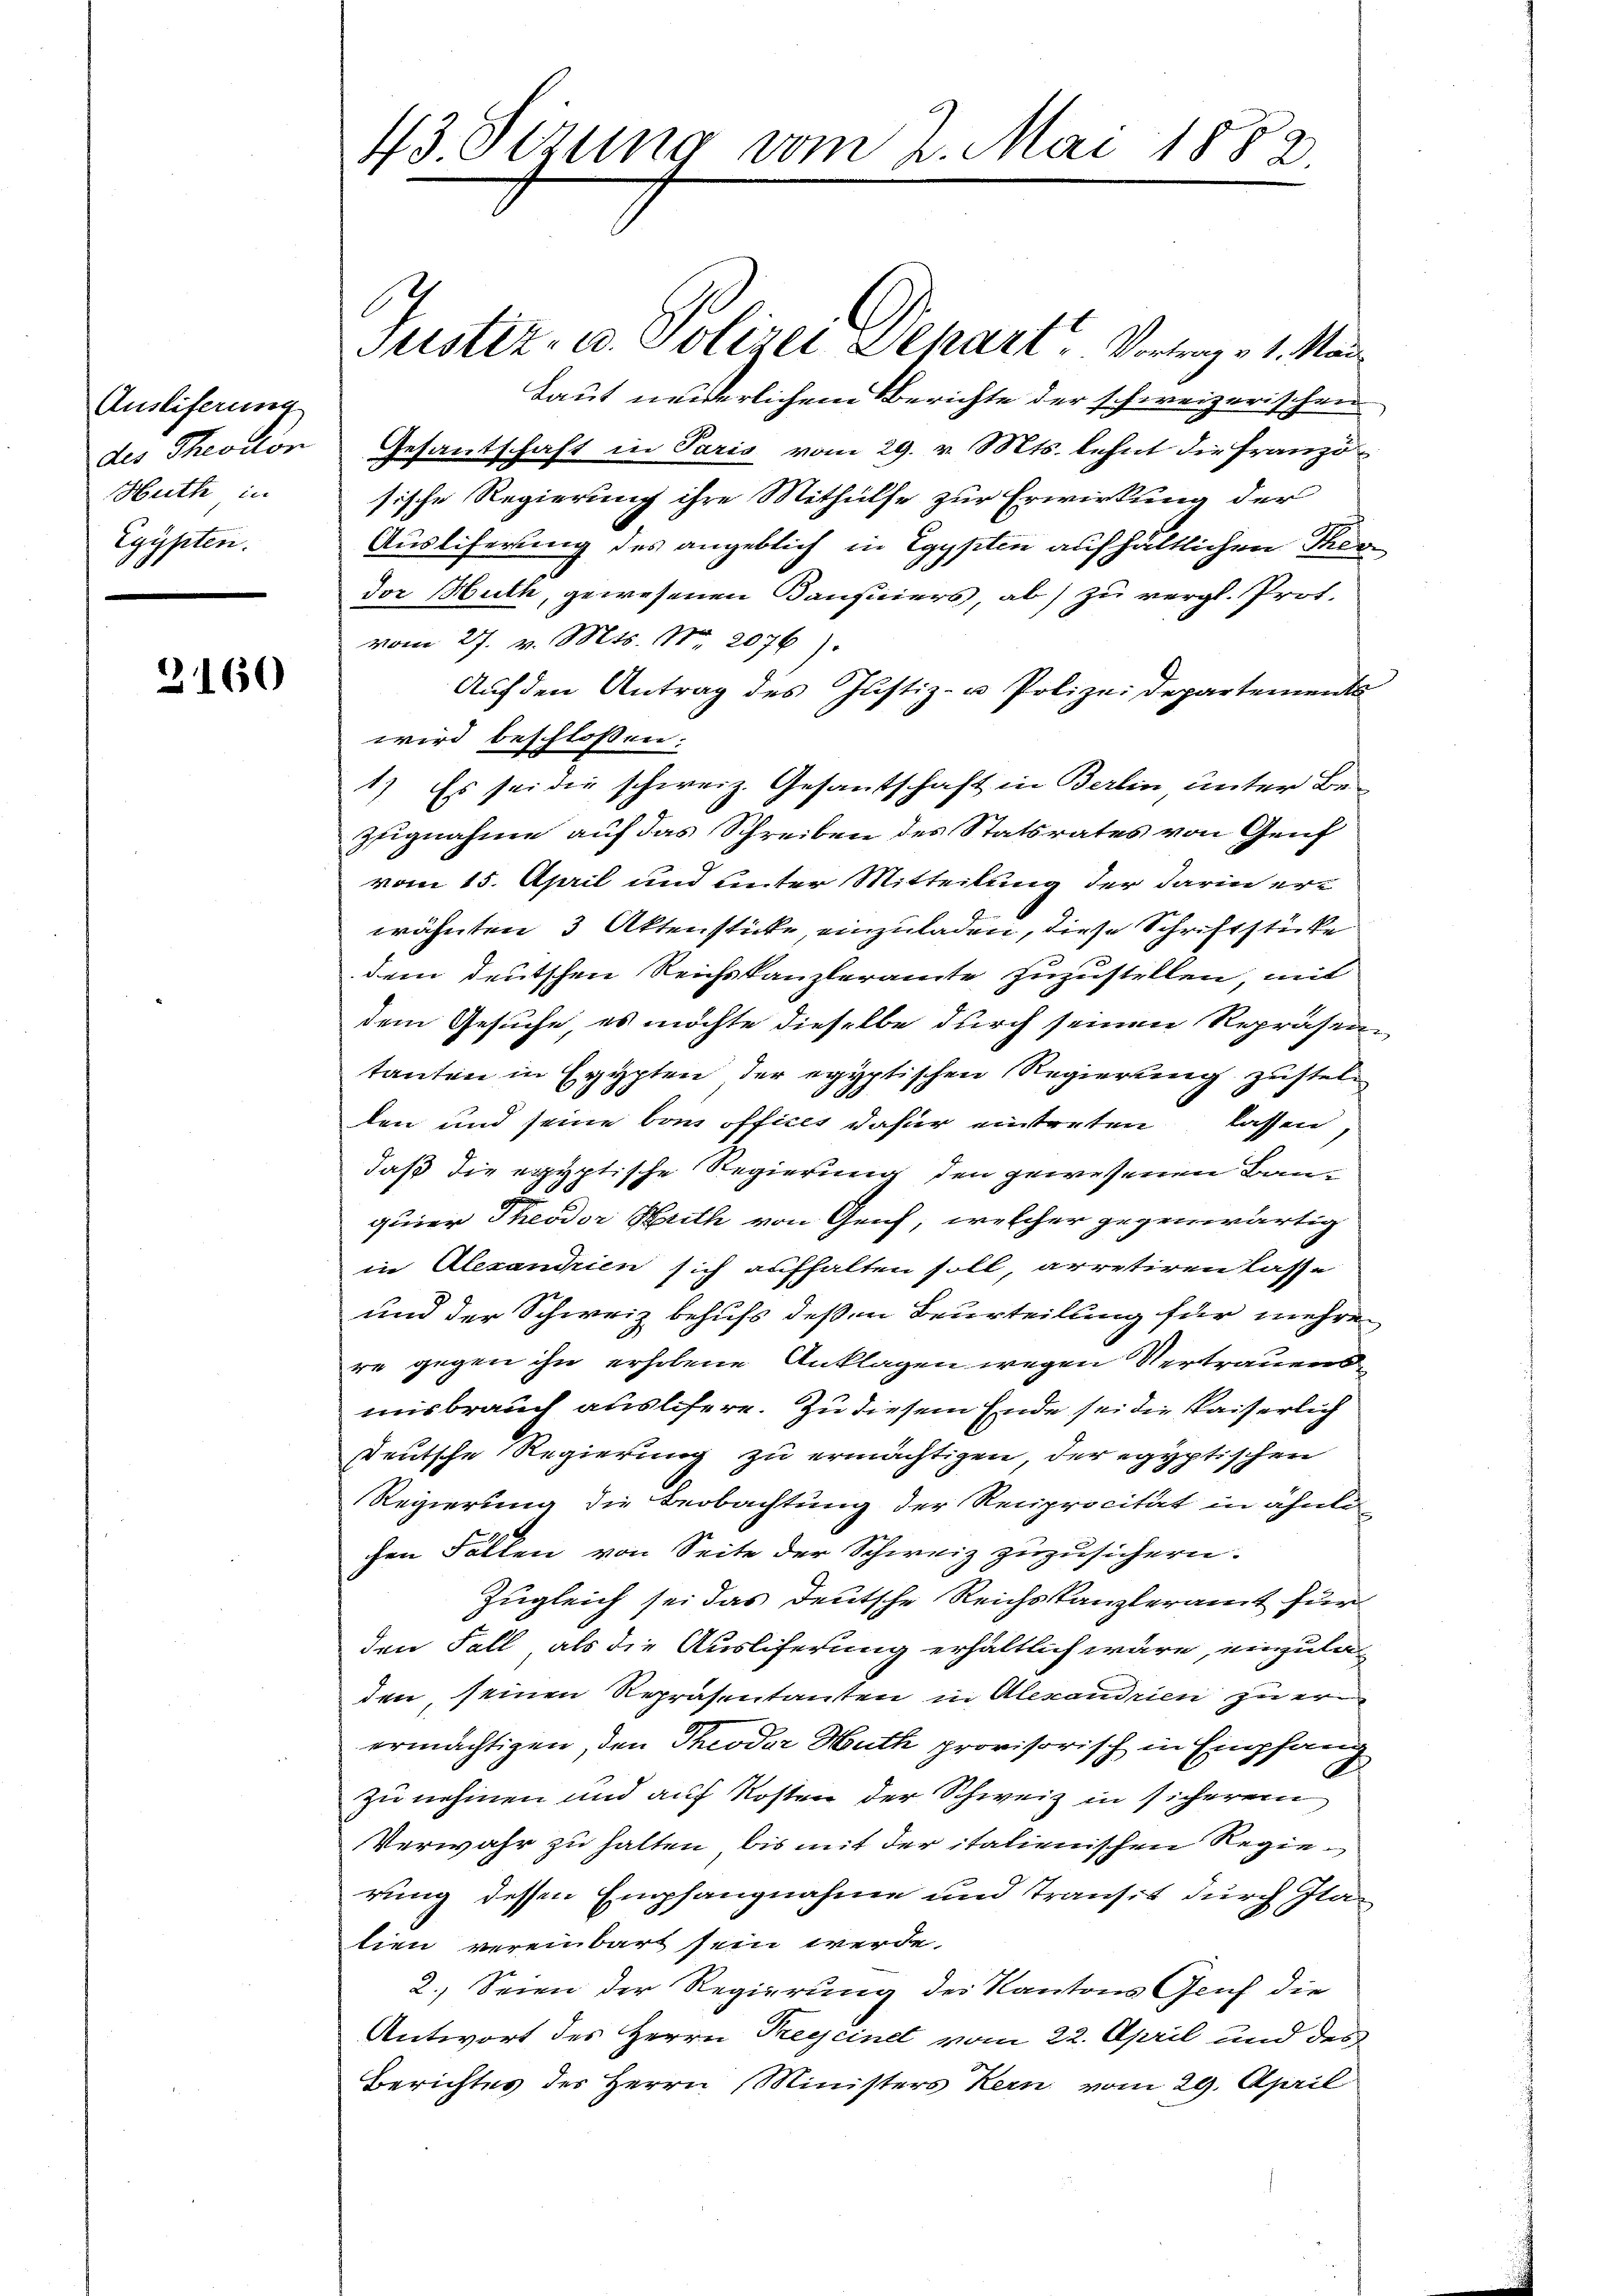
Ausliferung
des Theollon
Huth in
Egypten.

3160

43. Setzung vom 2. Mai 1882

Justiz- u. Polizei Schart, Vortrag v. 1. Mai
Laut neiderlichem Berichte der schweizerischen
Gesandschaft in Paris vom 29. v. Mts. lehnt die Französische Regierung ihre Mithülfe zur Erwirkung der
Auslieferung des angeblich in Egypten aufhältlichen Theodor Huth, gewesenen Bausiers, ab zu vergl. Prof.
vom 27. v. Mts. No 2076).
Aŭf den Antrag des Justiz- u Polizei Departements
wird beschlossen:
1.) Es sei die schweiz. Gesandtschaft in Berlin unter Be-
zugnahme auf das Schreiben des Statsrates von Genf
vom 15. April und unter Mitteilung der darin erwähnten 3 Aktenstücke, einzuladen, diese Schriftstücke
dem deutschen Reichskanzleramte zuzustellen, mit
dem Gesuche, es möchte dieselbe durch seinen Repräsen-
tanten in Egypten der egyptischen Regierung zustelden und seine bei offices dafür eintreten lassen,
daß die egyptische Regierung den gewesenen Bauquier Theodor Muth von Geich, welcher gegenwärtig
in Alexandrien sich aufhalten soll, arretiren lasse
und der Schweiz behufs deßen Beurteilung für mehrer
re gegen ihn erholene Anklagen wegen Vertrauensmisbrauch ausliefere. Zu diesem Ende sei die Kaiserlich
deutsche Regierung zu ermächtigen, der egyptischen
Regierung die Beobachtung der Reciprocität in ähnte
chen Fällen von Seite der Schweiz zuzusichern.
Zugleich sei das deutsche Reichskanzleramt für
den Fall als die Auslieferung erhältlich wäre, einzula
den, seinen Repräsentanten in Alexandrien zu erermächtigen den Theodor Muth provisorisch in Empfang
zu nehmen und auf Kosten der Schweiz in sicherem
Verwahr zu halten, bis mit der italienischen Regierung dessen Empfangnahme und Transit durch Italien vereinbart sein werde.
2.) Seien der Regierung des Kantons Genf die
Antwort des Herrn Preyseine vom 22. April und des
Berichtes des Herrn Ministers Kern vom 29. April